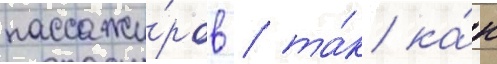
пассажи́ров / та́к ка́к